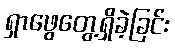
ရှာဖွေတွေ့ရှိခဲ့ခြင်း